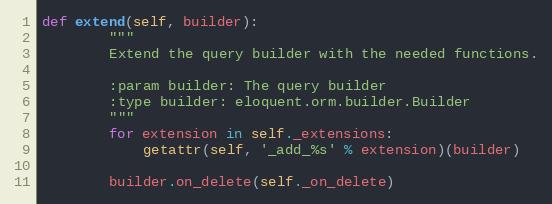
Language: Python
def extend(self, builder):
        """
        Extend the query builder with the needed functions.

        :param builder: The query builder
        :type builder: eloquent.orm.builder.Builder
        """
        for extension in self._extensions:
            getattr(self, '_add_%s' % extension)(builder)

        builder.on_delete(self._on_delete)